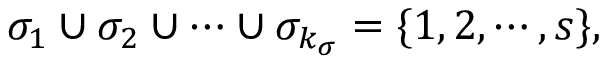
\sigma _ { 1 } \cup \sigma _ { 2 } \cup \cdots \cup \sigma _ { k _ { \sigma } } = \{ 1 , 2 , \cdots , s \} ,